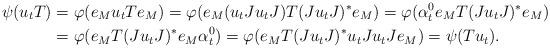
LaTeX: \begin{align*}\psi(u_t T)&=\varphi(e_M u_t T e_M)=\varphi(e_M (u_t Ju_tJ) T(Ju_tJ)^* e_M)=\varphi(\alpha_t^0 e_M T (Ju_tJ)^* e_M)\\&=\varphi(e_M T (Ju_tJ)^* e_M\alpha_t^0)=\varphi(e_M T (Ju_tJ)^* u_t Ju_tJ e_M)=\psi(T u_t).\end{align*}